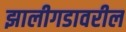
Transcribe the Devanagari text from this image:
झालीगडावरील